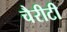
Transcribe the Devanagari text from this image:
चैरीटी